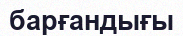
барғандығы